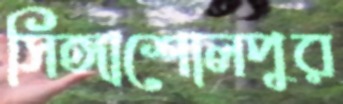
সিঙ্গাশোলপুর